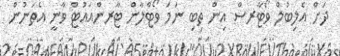
ދަށް އެލިބުލް ވޯޓާރސް އިން ތިބި ނަމަ ވޯޓްލާން ޓާރންއައުޓް ވާނީ އެތަނުން